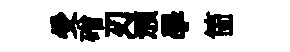
受磳刃澦學箇